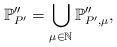
LaTeX: \begin{align*} \mathbb{P}''_{P'}=\bigcup_{\mu\in\mathbb{N}}\mathbb{P}''_{P',\mu},\end{align*}